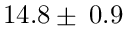
1 4 . 8 \pm \: 0 . 9